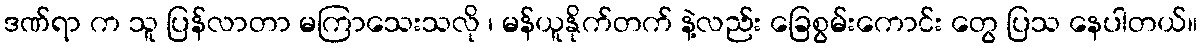
ဒဏ်ရာ က သူ ပြန်လာတာ မကြာသေးသလို ၊ မန်ယူနိုက်တက် နဲ့လည်း ခြေစွမ်းကောင်း တွေ ပြသ နေပါတယ်။